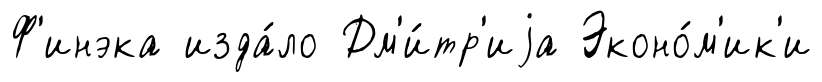
Ф'инэка изда́ло Дм'и́тр'иjа Эконо́м'ик'и